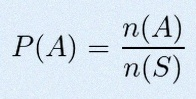
P(A)=\frac{n(A)}{n(S)}